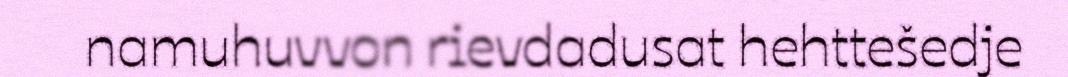
namuhuvvon rievdadusat hehttešedje